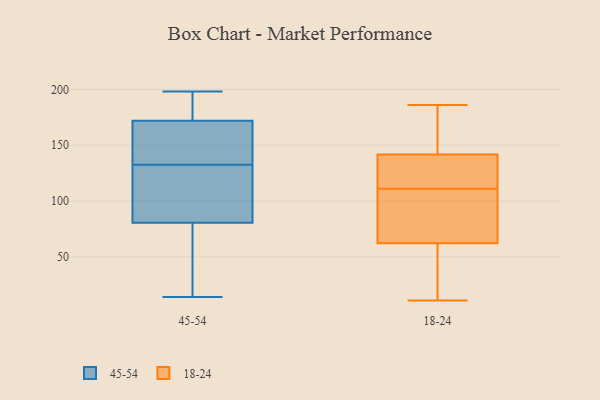
{"axis": {"x": "Demand Index", "y": "Value"}, "legend": ["18-24", "45-54"], "data": [{"x": "", "y": 185, "type": "45-54"}, {"x": "", "y": 113, "type": "45-54"}, {"x": "", "y": 174, "type": "45-54"}, {"x": "", "y": 190, "type": "45-54"}, {"x": "", "y": 123, "type": "45-54"}, {"x": "", "y": 24, "type": "45-54"}, {"x": "", "y": 141, "type": "45-54"}, {"x": "", "y": 182, "type": "45-54"}, {"x": "", "y": 84, "type": "45-54"}, {"x": "", "y": 71, "type": "45-54"}, {"x": "", "y": 124, "type": "45-54"}, {"x": "", "y": 155, "type": "45-54"}, {"x": "", "y": 77, "type": "45-54"}, {"x": "", "y": 150, "type": "45-54"}, {"x": "", "y": 170, "type": "45-54"}, {"x": "", "y": 164, "type": "45-54"}, {"x": "", "y": 22, "type": "45-54"}, {"x": "", "y": 198, "type": "45-54"}, {"x": "", "y": 14, "type": "45-54"}, {"x": "", "y": 93, "type": "45-54"}, {"x": "", "y": 121, "type": "18-24"}, {"x": "", "y": 141, "type": "18-24"}, {"x": "", "y": 150, "type": "18-24"}, {"x": "", "y": 39, "type": "18-24"}, {"x": "", "y": 107, "type": "18-24"}, {"x": "", "y": 144, "type": "18-24"}, {"x": "", "y": 138, "type": "18-24"}, {"x": "", "y": 11, "type": "18-24"}, {"x": "", "y": 19, "type": "18-24"}, {"x": "", "y": 72, "type": "18-24"}, {"x": "", "y": 70, "type": "18-24"}, {"x": "", "y": 186, "type": "18-24"}, {"x": "", "y": 111, "type": "18-24"}]}